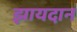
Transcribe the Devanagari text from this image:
झायदान